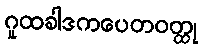
ဂူထခါဒကပေတဝတ္ထု